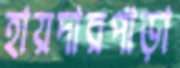
হায়দারপাড়া